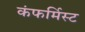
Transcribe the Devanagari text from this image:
कंफर्मिस्ट